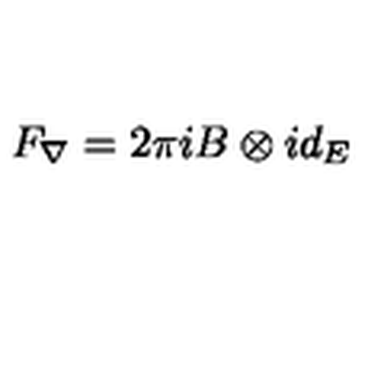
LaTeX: F _ { \nabla } = 2 \pi i B \otimes i d _ { E }